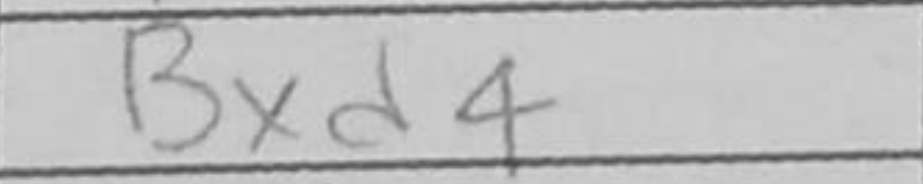
Transcription: Bxd4